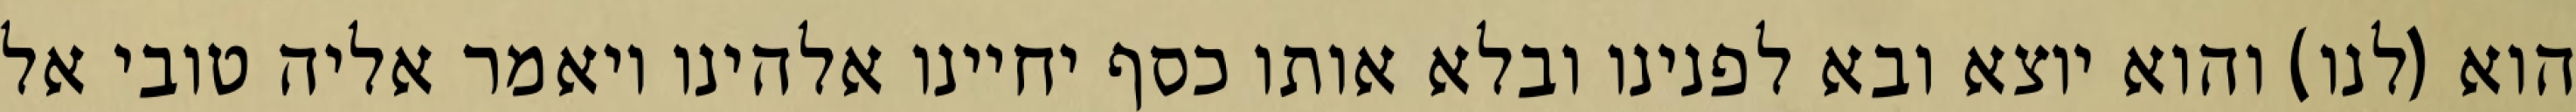
הוא (לנו) והוא יוצא ובא לפנינו ובלא אותו כסף יחיינו אלהינו ויאמר אליה טובי אל